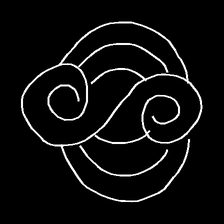
Glyph: wind-underfoot